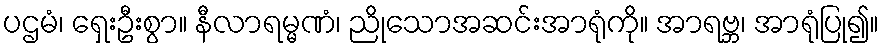
ပဌမံ၊ ရှေးဦးစွာ။ နီလာရမ္မဏံ၊ ညိုသောအဆင်းအာရုံကို။ အာရဗ္ဘ၊ အာရုံပြု၍။